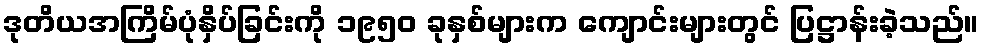
ဒုတိယအကြိမ်ပုံနှိပ်ခြင်းကို ၁၉၅၀ ခုနှစ်များက ကျောင်းများတွင် ပြဋ္ဌာန်းခဲ့သည်။